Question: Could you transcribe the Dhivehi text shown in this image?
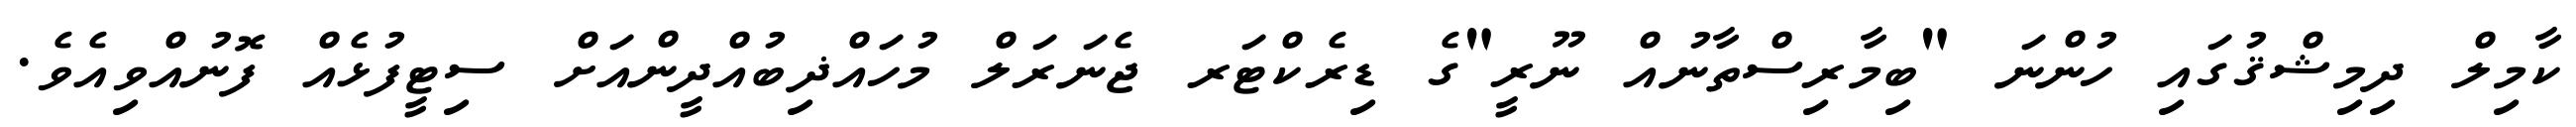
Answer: ކާމިލް ދިމިޝްޤުގައި ހުންނަ "ބިމާރިސްތާނުއް ނޫރީ"ގެ ޑިރެކްޓަރ ޖެނަރަލް މުހައްޛިބުއްދީންއަށް ސިޓީފުޅެއް ފޮނުއްވިއެވެ.